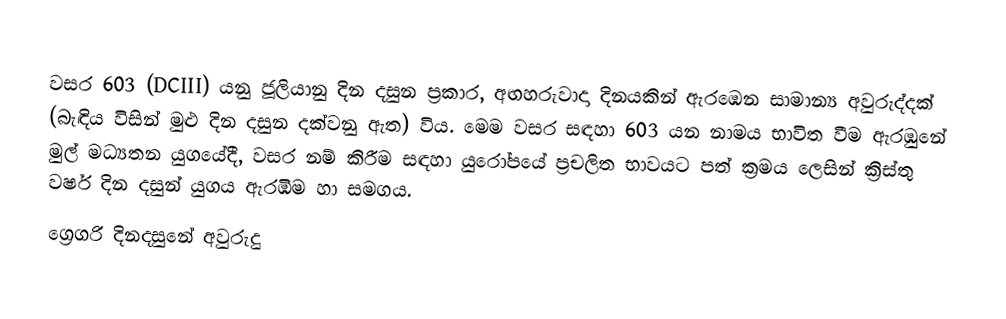
වසර  603 (DCIII) යනු ජූලියානු දින දසුන ප්‍රකාර,   අඟහරුවාදා දිනයකින් ඇරඹෙන සාමාන්‍ය අවුරුද්දක් (බැඳිය විසින් මුළු දින දසුන දක්වනු ඇත) විය. මෙම වසර සඳහා 603 යන නාමය භාවිත වීම ඇරඹුනේ මුල් මධ්‍යතන යුගයේදී, වසර නම් කිරීම සඳහා යුරෝපයේ ප්‍රචලිත භාවයට පත් ක්‍රමය ලෙසින් ක්‍රිස්තු වර්ෂ දින දසුන් යුගය ඇරඹීම හා සමගය.
ග්‍රෙගරි දිනදසුනේ අවුරුදු